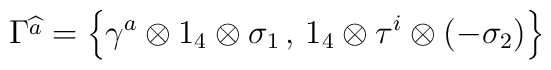
\Gamma \widehat{^{a}}=\left\{ \gamma ^{a}\otimes 1_{4}\otimes \sigma _{1}\, ,\, 1_{4}\otimes \tau ^{i}\otimes (-\sigma _{2})\right\}